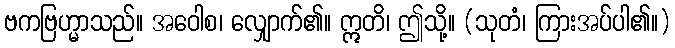
ဗကဗြဟ္မာသည်။ အဝေါစ၊ လျှောက်၏။ ဣတိ၊ ဤသို့။ (သုတံ၊ ကြားအပ်ပါ၏။)